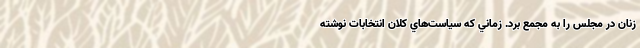
زنان در مجلس را به مجمع برد. زماني که سياست‌هاي کلان انتخابات نوشته